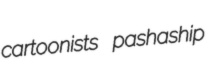
cartoonists pashaship